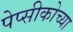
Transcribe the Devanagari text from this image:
पेप्सीकोच्या